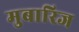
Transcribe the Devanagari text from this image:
मुबारिज